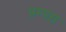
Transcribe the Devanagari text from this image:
प्रम्परा